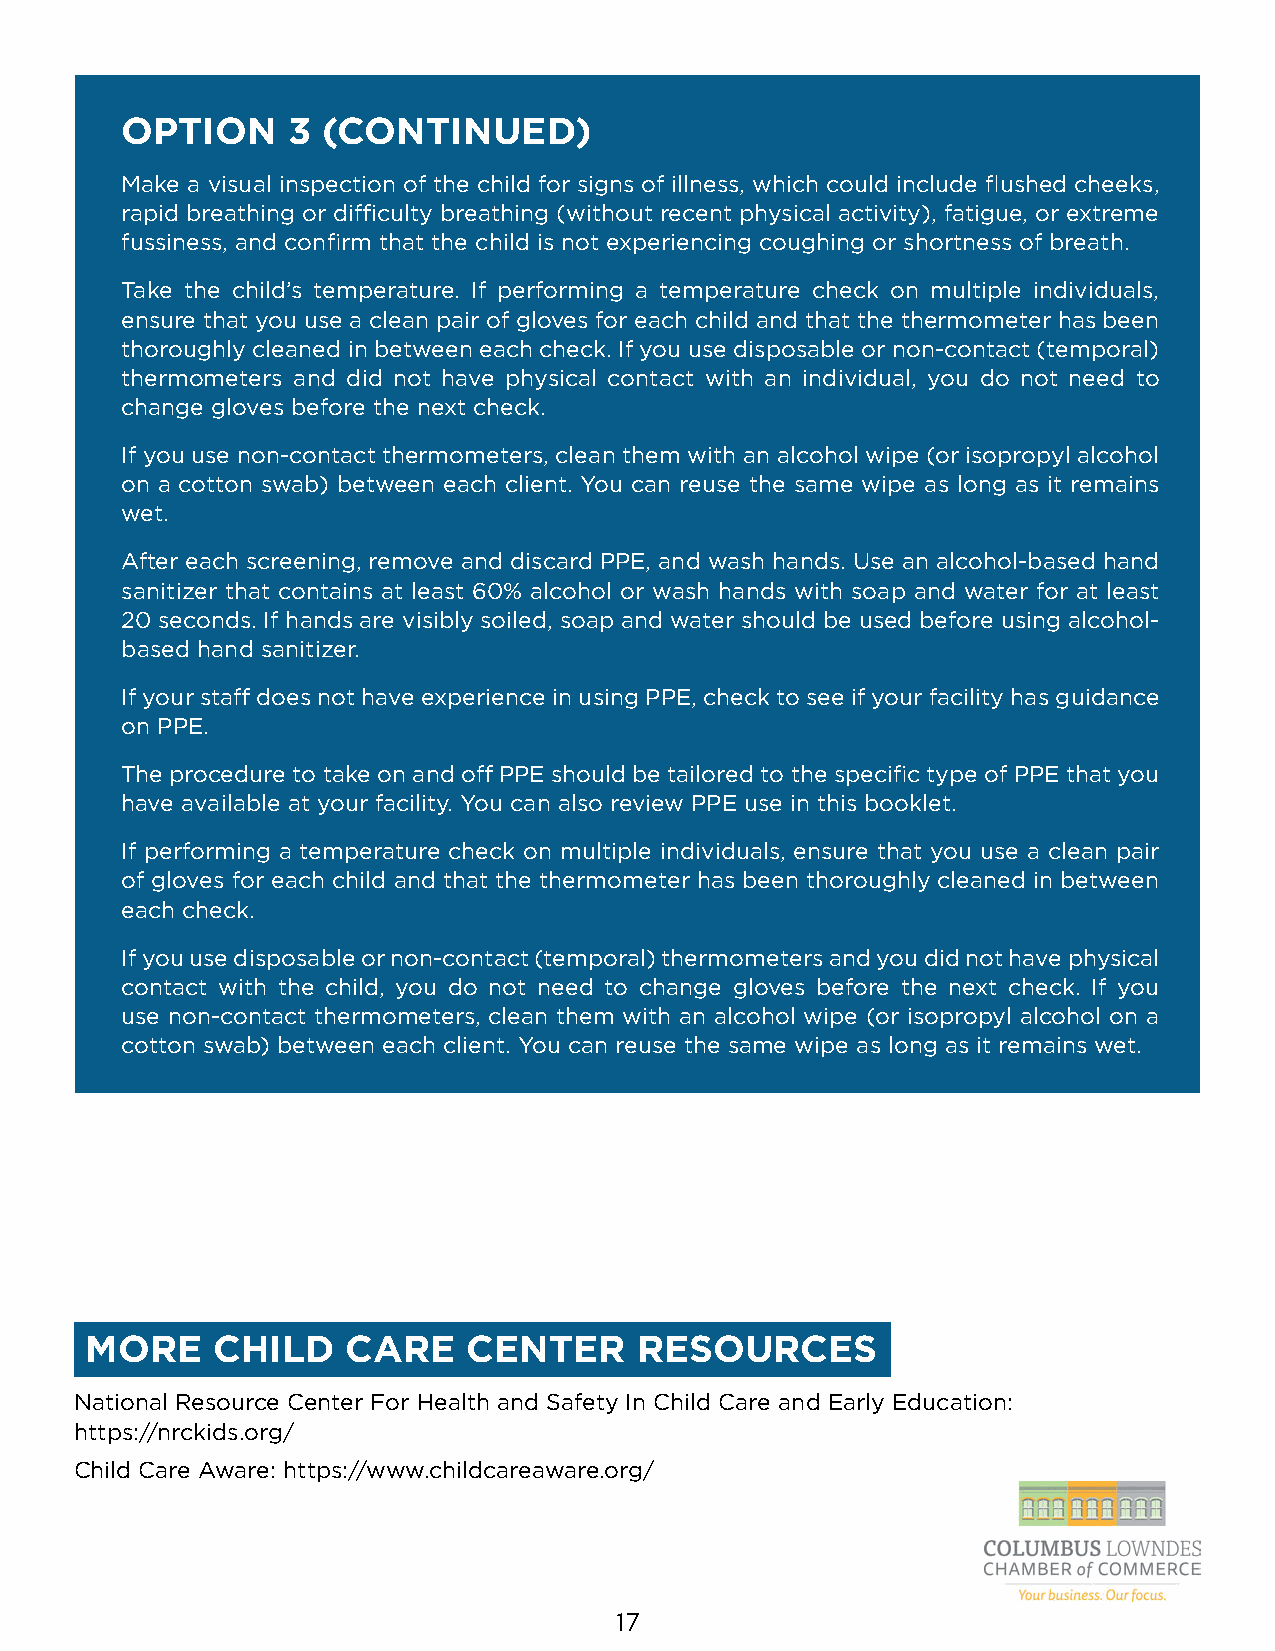
OPTION     3 (CONTINUED)
 Make a visual inspection of the child for signs of illness, which could include flushed cheeks,
 rapid breathing or difficulty breathing (without recent physical activity), fatigue, or extreme
 fussiness, and confirm that the child is not experiencing coughing or shortness of breath.
 Take the child’s temperature. If performing a temperature check on multiple individuals,
 ensure that you use a clean pair of gloves for each child and that the thermometer has been
 thoroughly cleaned in between each check. If you use disposable or non-contact (temporal)
 thermometers and did not have physical contact with an individual, you do not need to
 change gloves before the next check.
 If you use non-contact thermometers, clean them with an alcohol wipe (or isopropyl alcohol
 on a cotton swab) between each client. You can reuse the same wipe as long as it remains
 wet.
 After each screening, remove and discard PPE, and wash hands. Use an alcohol-based hand
 sanitizer that contains at least 60% alcohol or wash hands with soap and water for at least
 20 seconds. If hands are visibly soiled, soap and water should be used before using alcohol-
 based hand sanitizer.
 If your staff does not have experience in using PPE, check to see if your facility has guidance
 on PPE.
 The procedure to take on and off PPE should be tailored to the specific type of PPE that you
 have available at your facility. You can also review PPE use in this booklet.
 If performing a temperature check on multiple individuals, ensure that you use a clean pair
 of gloves for each child and that the thermometer has been thoroughly cleaned in between
 each check.
 If you use disposable or non-contact (temporal) thermometers and you did not have physical
 contact with the child, you do not need to change gloves before the next check. If you
 use non-contact thermometers, clean them with an alcohol wipe (or isopropyl alcohol on a
 cotton swab) between each client. You can reuse the same wipe as long as it remains wet.
 MORE    CHILD    CARE    CENTER     RESOURCES
 National Resource Center For Health and Safety In Child Care and Early Education:
 https://nrckids.org/
 Child Care Aware: https://www.childcareaware.org/
 17